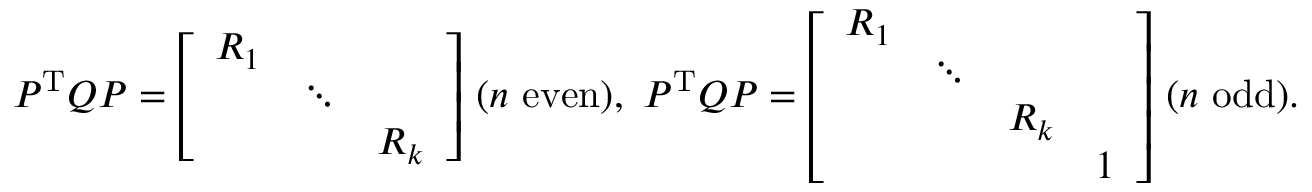
P ^ { \mathrm { T } } Q P = { \left[ \begin{array} { l l l } { R _ { 1 } } & & \\ & { \ddots } & \\ & & { R _ { k } } \end{array} \right] } \ ( n { \mathrm { ~ e v e n } } ) , \ P ^ { \mathrm { T } } Q P = { \left[ \begin{array} { l l l l } { R _ { 1 } } & & & \\ & { \ddots } & & \\ & & { R _ { k } } & \\ & & & { 1 } \end{array} \right] } \ ( n { \mathrm { ~ o d d } } ) .